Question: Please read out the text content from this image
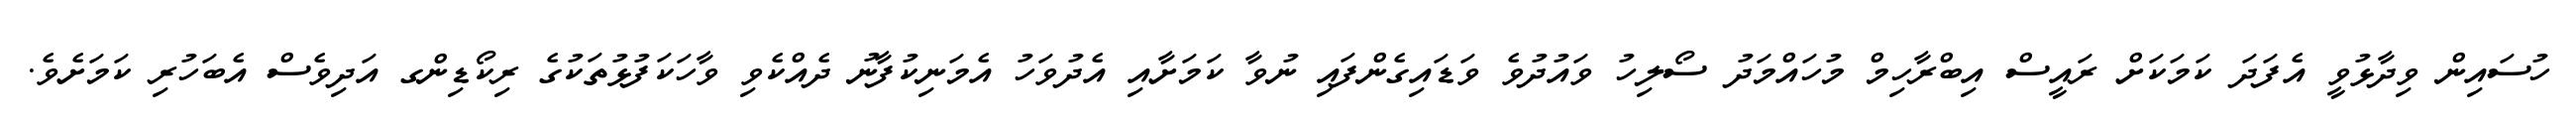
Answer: ހުސައިން ވިދާޅުވީ އެފަދަ ކަމަކަށް ރައީސް އިބްރާހިމް މުހައްމަދު ސޯލިހު ވައުދުވެ ވަޑައިގެންފައި ނުވާ ކަމަށާއި އެދުވަހު އެމަނިކުފާނު ދެއްކެވި ވާހަކަފުޅުތަކުގެ ރިކޯޑިންގ އަދިވެސް އެބަހުރި ކަމަށެވެ.